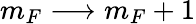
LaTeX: m_{F}\longrightarrow m_{F}+1